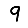
Digit: 9